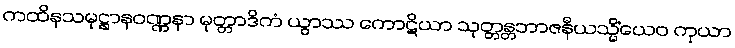
ကထိနသမုဋ္ဌာနဝဏ္ဏနာ မုတ္တာဒိကံ ယွာဿ ကောဋိယာ သုတ္တန္တဘာဇနီယသ္မိံယေဝ ကုယာ